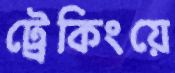
ট্রেকিংয়ে